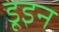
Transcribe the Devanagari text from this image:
डूइन